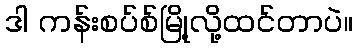
ဒါ ကန်းစပ်စ်မြို့လို့ထင်တာပဲ။